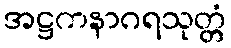
အဋ္ဌကနာဂရသုတ္တံ